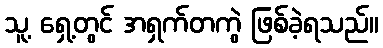
သူ့ ရှေ့တွင် အရှက်တကွဲ ဖြစ်ခဲ့ရသည်။